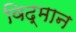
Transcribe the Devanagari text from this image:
विद्मान